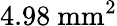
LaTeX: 4.98~\mathrm{mm}^{2}